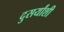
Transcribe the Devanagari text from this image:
दुसर्यांशी